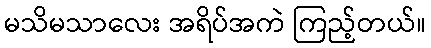
မသိမသာလေး အရိပ်အကဲ ကြည့်တယ်။